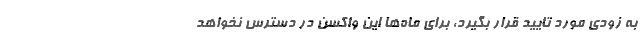
به زودی مورد تایید قرار بگیرد، برای ماه‌ها این واکسن در دسترس نخواهد